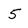
Character: 5